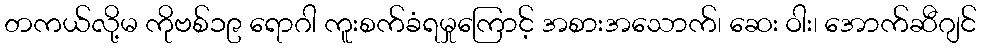
တကယ်လို့မ ကိုဗစ်၁၉ ရောဂါ ကူးစက်ခံရမှုကြောင့် အစားအသောက်၊ ဆေး ဝါး၊ အောက်ဆီဂျင်